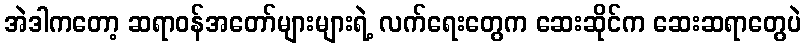
အဲဒါကတော့ ဆရာဝန်အတော်များများရဲ့ လက်ရေးတွေက ဆေးဆိုင်က ဆေးဆရာတွေပဲ